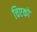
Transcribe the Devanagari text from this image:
चिएको